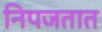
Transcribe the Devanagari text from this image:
निपजतात